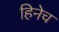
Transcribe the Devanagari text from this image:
हिनेच